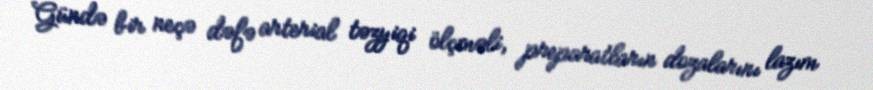
Gündə bir neçə dəfə arterial təzyiqi ölçməli, preparatların dozalarını lazım